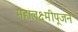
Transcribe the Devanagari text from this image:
महालक्ष्मीपूजन